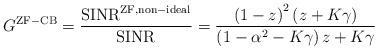
LaTeX: \begin{align*}G^{{\mathrm{ZF - CB}}} = \frac{{{\mathrm{SINR}}^{{\mathrm{ZF,non-ideal}}} }}{{{\mathrm{SINR}}^{{}} }} = \frac{{\left( {1 - z} \right)^2 \left( {z + K\gamma } \right)}}{{\left( {1 - \alpha ^2 - K\gamma } \right)z + K\gamma }}\end{align*}